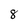
Character: 8